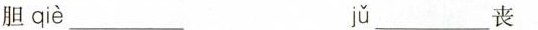
胆qie___ ju___丧